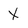
Character: X